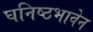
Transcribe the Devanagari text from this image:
घनिष्ठभावेन